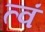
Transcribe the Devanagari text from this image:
त्वं